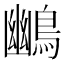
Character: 𪃨